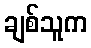
ချစ်သူက